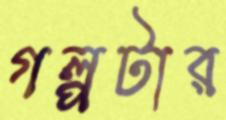
গল্পটার